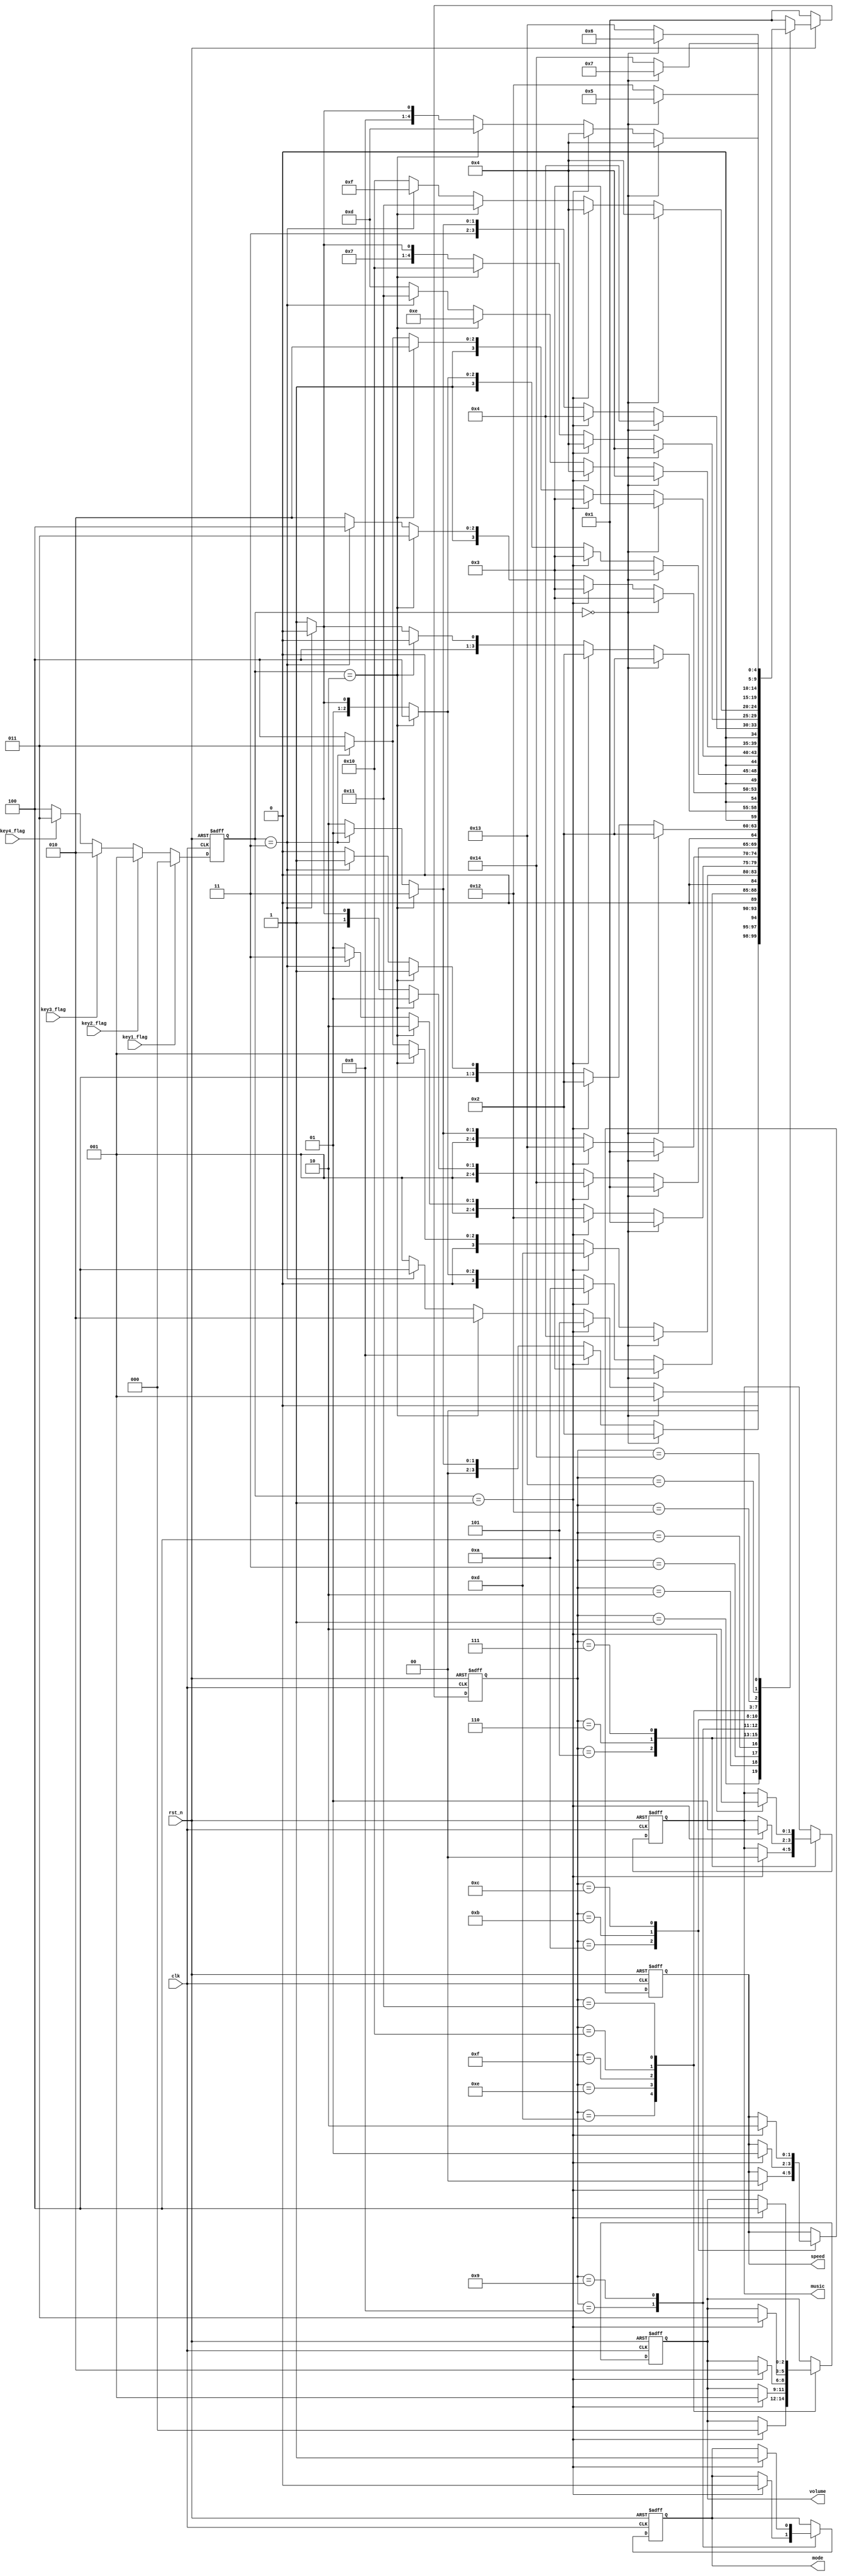
module lcd_fsm(
input            clk               ,
input            rst_n             ,
input            key1_flag         ,
input            key2_flag         ,
input            key3_flag         ,
input            key4_flag         ,
output reg [1:0] music             ,
output reg [1:0] speed             ,
output reg       mode              ,
output reg [2:0] volume
);

reg [2:0] KEY;


//
parameter key1 = 2'b00, key2 = 2'b01, key3 = 2'b10, key4 = 2'b11;                   //flag


//
parameter mu1 = 2'b00, mu2 = 2'b01, mu3 = 2'b10, mu4 = 2'b11;                       //
parameter sp1 = 2'b00, sp2 = 2'b01, sp3 = 2'b10;                                    //
parameter vl1 = 3'b000, vl2 = 3'b001, vl3 = 3'b010, vl4 = 3'b011, vl5 = 3'b100;     //
parameter md1 = 1'b0, md2 = 1'b1;                                                   //
//parameter tm1 = 2'b00, tm2 = 2'b01, tm3 = 2'b10, tm4 = 2'b11;                     //


//LCD
parameter S0=5'd0, S1=5'd1, S2=5'b00010, S3=5'b00011, S4=5'b00100, S5=5'b00101, S6=5'd6;
parameter S7=5'b00111, S8=5'b01000, S9=5'b01001, S10=5'b01010, S11=5'b01011, S12=5'b01100, S13=5'b01101;
parameter S14=5'b01110, S15=5'b01111, S16=5'b10000, S17=5'b10001, S18=5'b10010, S19=5'b10011, S20=5'b10100 ;


//,
reg [4:0] nextstate, currentstate;

always @(posedge clk or negedge rst_n) 
    if (!rst_n)  
        KEY <= 2'd0;
    else if(key1_flag == 1'b1)
        KEY <= key1;
    else if(key2_flag == 1'b1)
        KEY <= key2;   
    else if(key3_flag == 1'b1)
        KEY <= key3;
    else if(key4_flag == 1'b1)
        KEY <= key4;
    else 
        KEY <= 3'b100;

//
always @(posedge clk or negedge rst_n) begin
    if  (!rst_n)  
        currentstate <= S1;                         //,S0
    else   
        currentstate <= nextstate;
end

always @(*) begin
    if(!rst_n) begin
        nextstate = S1;
    end
    else begin
        case(currentstate)
        S1: if(KEY == key1) nextstate = S1;
            else if(KEY == key2) nextstate = S5;
            else if(KEY == key3) nextstate = S2;
            else if(KEY == key4) nextstate = S4;
            else nextstate = S1;

        S2: if(KEY == key1) nextstate = S2;
            else if(KEY == key2) nextstate = S8;
            else if(KEY == key3) nextstate = S3;
            else if(KEY == key4) nextstate = S1;
            else nextstate = S2;

        S3: if(KEY == key1) nextstate = S3;
            else if(KEY == key2) nextstate = S10;
            else if(KEY == key3) nextstate = S4;
            else if(KEY == key4) nextstate = S2;
            else nextstate = S3;

        S4: if(KEY == key1) nextstate = S4;
            else if(KEY == key2) nextstate = S13;
            else if(KEY == key3) nextstate = S1;
            else if(KEY == key4) nextstate = S3;
            else nextstate = S4;

        S5: if(KEY == key1) nextstate = S1;
            else if(KEY == key2) nextstate = S18;
            else if(KEY == key3) nextstate = S6;
            else if(KEY == key4) nextstate = S7;
            else nextstate = S5;

        S6: if(KEY == key1) nextstate = S1;
            else if(KEY == key2) nextstate = S19;
            else if(KEY == key3) nextstate = S7;
            else if(KEY == key4) nextstate = S5;
            else nextstate = S6;

        S7: if(KEY == key1) nextstate = S1;
            else if(KEY == key2) nextstate = S20;
            else if(KEY == key3) nextstate = S5;
            else if(KEY == key4) nextstate = S6;
            else nextstate = S7;

        S8: if(KEY == key1) nextstate = S2;
            else if(KEY == key2) nextstate = S2;
            else if(KEY == key3) nextstate = S9;
            else if(KEY == key4) nextstate = S9;
            else nextstate = S8;

        S9: if(KEY == key1) nextstate = S2;
            else if(KEY == key2) nextstate = S2;
            else if(KEY == key3) nextstate = S8;
            else if(KEY == key4) nextstate = S8;
            else nextstate = S9;

        S10: if(KEY == key1) nextstate = S3;
            else if(KEY == key2) nextstate = S3;
            else if(KEY == key3) nextstate = S11;
            else if(KEY == key4) nextstate = S12;
            else nextstate = S10;

        S11: if(KEY == key1) nextstate = S3;
            else if(KEY == key2) nextstate = S3;
            else if(KEY == key3) nextstate = S12;
            else if(KEY == key4) nextstate = S10;
            else nextstate = S11;

        S12: if(KEY == key1) nextstate = S3;
            else if(KEY == key2) nextstate = S3;
            else if(KEY == key3) nextstate = S10;
            else if(KEY == key4) nextstate = S11;
            else nextstate = S12;

        S13: if(KEY == key1) nextstate = S4;
            else if(KEY == key2) nextstate = S4;
            else if(KEY == key3) nextstate = S14;
            else if(KEY == key4) nextstate = S17;
            else nextstate = S13;

        S14: if(KEY == key1) nextstate = S4;
            else if(KEY == key2) nextstate = S4;
            else if(KEY == key3) nextstate = S15;
            else if(KEY == key4) nextstate = S13;
            else nextstate = S14;

        S15: if(KEY == key1) nextstate = S4;
            else if(KEY == key2) nextstate = S4;
            else if(KEY == key3) nextstate = S16;
            else if(KEY == key4) nextstate = S14;
            else nextstate = S15;
                    
        S16: if(KEY == key1) nextstate = S4;
            else if(KEY == key2) nextstate = S4;
            else if(KEY == key3) nextstate = S17;
            else if(KEY == key4) nextstate = S15;
            else nextstate = S16;

        S17: if(KEY == key1) nextstate = S4;
            else if(KEY == key2) nextstate = S4;
            else if(KEY == key3) nextstate = S13;
            else if(KEY == key4) nextstate = S16;
            else nextstate = S17;

        S18: if(KEY == key1) nextstate = S5;
            else if(KEY == key2) nextstate = S18;
            else if(KEY == key3) nextstate = S18;
            else if(KEY == key4) nextstate = S18;
            else nextstate = S18;

        S19: if(KEY == key1) nextstate = S6;
            else if(KEY == key2) nextstate = S19;
            else if(KEY == key3) nextstate = S19;
            else if(KEY == key4) nextstate = S19;
            else nextstate = S19;

        S20: if(KEY == key1) nextstate = S7;
            else if(KEY == key2) nextstate = S20;
            else if(KEY == key3) nextstate = S20;
            else if(KEY == key4) nextstate = S20;
            else nextstate = S20;

        default: nextstate = S1;
            
        endcase
    end
end


//
always @(posedge clk or negedge rst_n)
    if (!rst_n)  
        music <= mu1;
    else
        case(currentstate)
        S5:if(KEY == key2) music <= mu1;
           else  music <= music;

        S6:if(KEY == key2) music <= mu2;
           else  music <= music;

        S7:if(KEY == key2) music <= mu3;
           else  music <= music;

        default:music <= music;
        endcase


//
always @(posedge clk or negedge rst_n)
    if (!rst_n)  
        mode = md1;                               //
    else 
        case(currentstate)
        S8: if(KEY == key2) mode <= md1;
            else mode <= mode;

        S9: if(KEY == key2) mode <= md2;
            else mode <= mode;               //
                                                      //
        default: mode <= mode; 
        endcase

//
always @(posedge clk or negedge rst_n) 
    if(!rst_n)
        speed <= sp1;                               //
    else 
        case(currentstate)
        S10: if(KEY == key2) speed <= sp1;
            else speed <= speed;

        S11: if(KEY == key2) speed = sp2;
            else speed <= speed;

        S12: if(KEY == key2) speed = sp3;
            else speed <= speed;               //
                                                        //
        default: speed <= speed; 
        endcase

//
always @(posedge clk or negedge rst_n)
    if(!rst_n)
        volume = vl1;                               //1
    else 
        case(currentstate)
        S13: if(KEY == key2) volume = vl1;
            else volume = volume;

        S14: if(KEY == key2) volume = vl2;
            else volume = volume;

        S15: if(KEY == key2) volume = vl3;
            else volume = volume;

        S16: if(KEY == key2) volume = vl4;
            else volume = volume;

        S17: if(KEY == key2) volume = vl5;
            else volume = volume;               //
                                                        //
        default: volume = volume; 
        endcase

endmodule